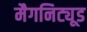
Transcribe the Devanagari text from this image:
मैगनिट्यूड